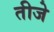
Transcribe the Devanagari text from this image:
तीजे